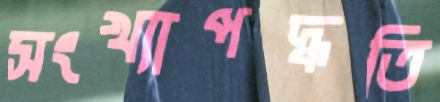
সংখ্যাপদ্ধতি